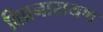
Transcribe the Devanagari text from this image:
विप्रनारायण